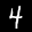
Label: 4